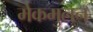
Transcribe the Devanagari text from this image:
मेकमुलन